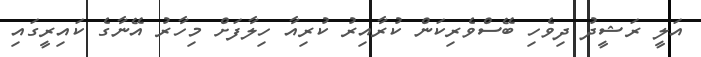
އަލީ ރަޝީދު ދިވެހި ބޭސްވެރިކަން ކުރާއިރު ކުރިއާ ހިލާފަށް މިހާރު އޭނާގެ ކައިރީގައި